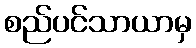
စည်ပင်သာယာမှ